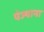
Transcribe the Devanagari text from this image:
पंज्याना